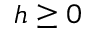
h \geq 0